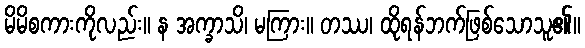
မိမိစကားကိုလည်း။ န အက္ခာသိ၊ မကြား။ တဿ၊ ထိုရန်ဘက်ဖြစ်သောသူ၏။